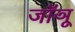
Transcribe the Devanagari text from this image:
जॉञू